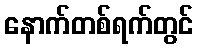
နောက်တစ်ရက်တွင်